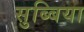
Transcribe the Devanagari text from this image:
सुब्बिया